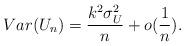
LaTeX: \begin{align*}Var(U_n) = \frac{k^{2}\sigma^2_U}{n} + o(\frac{1}{n}).\end{align*}